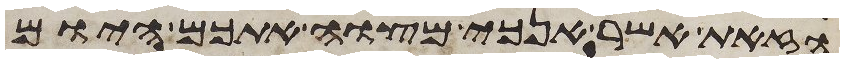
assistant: הזאת אשר אנכי מצוה אתכם היום